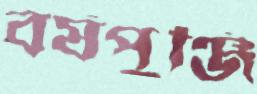
বর্ষপুঞ্জি